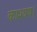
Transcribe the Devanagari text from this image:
काश्यप।